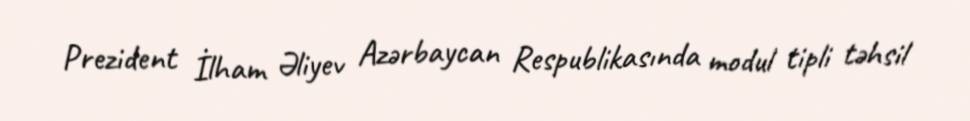
Prezident İlham Əliyev Azərbaycan Respublikasında modul tipli təhsil